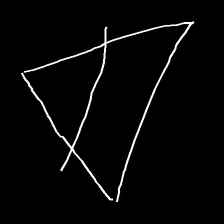
Glyph: empower